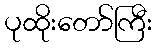
ပုထိုးတော်ကြီး